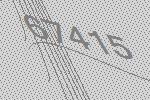
67415